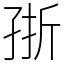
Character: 㝂